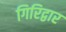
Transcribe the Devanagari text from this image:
गिरिद्वार